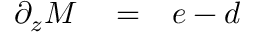
\begin{array} { r l r } { \partial _ { z } M } & { { } = } & { e - d } \end{array}